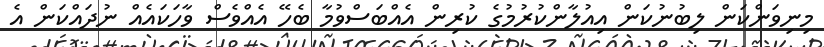
މިނިވަންކަން ލިބުނުކަން އިއުލާންކުރުމުގެ ކުރިން އެއްބަސްވުމާ ބެހޭ އެއްވެސް ވާހަކައެއް ނުދައްކަން އެ